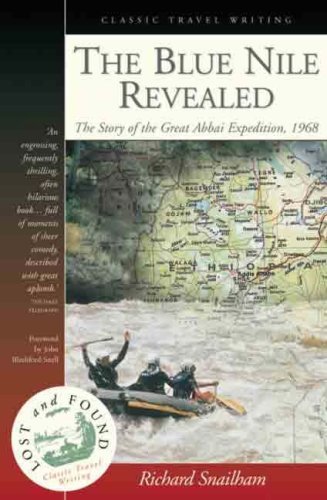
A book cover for Blue Nile Revealed: The Story of the Great Abbai Expedition, 1968; Richard Snailham; Travel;